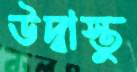
উদ্বাস্তু